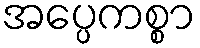
အပ္ပေကစ္စာ